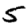
Digit: 5